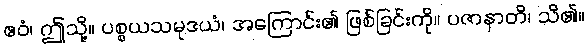
ဧဝံ၊ ဤသို့။ ပစ္စယသမုဒယံ၊ အကြောင်း၏ ဖြစ်ခြင်းကို။ ပဇာနာတိ၊ သိ၏။